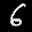
Label: 6